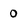
Character: 0